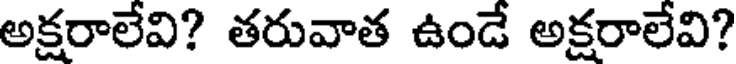
అక్షరాలేవి? తరువాత ఉండే అక్షరాలేవి?